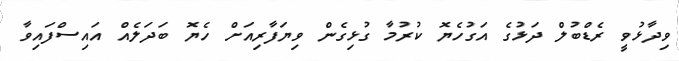
ވިދާޅުވީ ރެޑްބުލް ދަޅުގެ އަގުހެޔޮ ކުރުމާ ގުޅިގެން ވިޔަފާރިއަށް ހެޔޮ ބަދަލެއް އައިސްފައިވާ